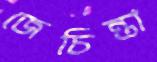
জেচিন্তা